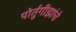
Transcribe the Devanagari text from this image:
पोर्तुगीझांचे